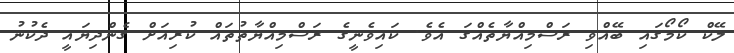
ލޭކް ކޯމޯގައި ބޭއްވި ރަސްމިއްޔާތެއްގަ އެވެ. ކައިވެނީގެ ރަސްމިއްޔާތުތައް ކުރިއަށް ގެންދިޔައީ ދެކުނު